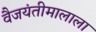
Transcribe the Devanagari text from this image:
वैजयंतीमालाला